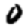
Digit: 0